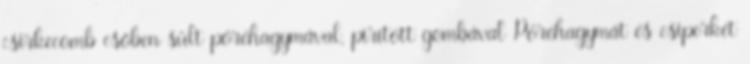
csirkecomb csőben sült póréhagymával, pirított gombával Póréhagymát és csiperkét